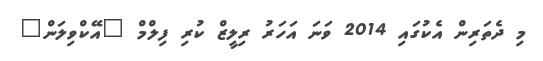
މި ދެތަރިން އެކުގައި 2014 ވަނަ އަހަރު ރިލީޒް ކުރި ފިލްމް "އޭކްވިލަން"